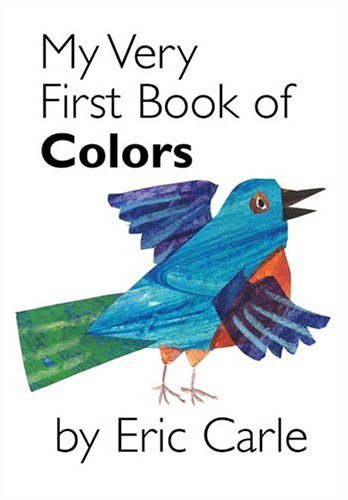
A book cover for My Very First Book of Colors; Eric Carle; Children's Books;